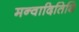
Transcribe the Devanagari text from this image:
मन्वादितिथि